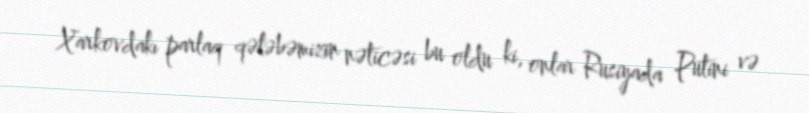
Xarkovdakı parlaq qələbəmizin nəticəsi bu oldu ki, onlar Rusiyada Putini və